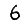
Digit: 6